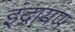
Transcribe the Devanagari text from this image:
इंद्रायण